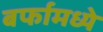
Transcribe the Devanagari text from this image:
बर्फामध्ये